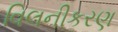
વિલનીકરણ